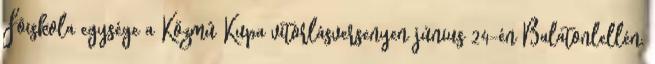
Fõiskola egysége a Közmû Kupa vitorlásversenyen június 24-én Balatonlellén,